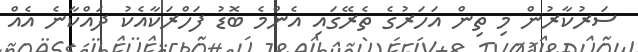
ސަރުކާރުން މި ތިން އަހަރުގެ ތެރޭގައި އެންމެ ބޮޑު ފަހްރަކާއެކު ދައްކާނެ އެއް